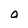
Character: o